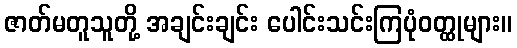
ဇာတ်မတူသူတို့ အချင်းချင်း ပေါင်းသင်းကြပုံဝတ္ထုများ။